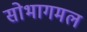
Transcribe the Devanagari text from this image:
सोभागमल